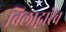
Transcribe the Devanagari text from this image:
बिलाद्वारेच